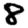
Digit: 8